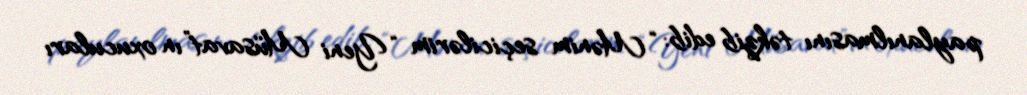
paylanılmasını təkzib edib: “Mənim seçicilərim “Yeni Müsavat”ın oxucuları